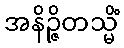
အနိဉ္ဇိတသ္မိံ